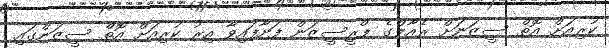
ކުރިއަށް އޮތް ސީޒަނަށް ރެއާލްގެ ޕްރީސީޒަން ފަށާފައިވާ އިރު ކުރިއަށް އޮތް ސީޒަންގައި